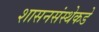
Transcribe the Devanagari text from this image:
शासनसंस्थेकडे